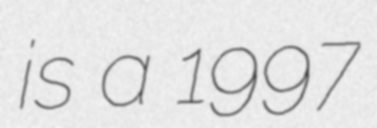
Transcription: is a 1997